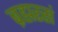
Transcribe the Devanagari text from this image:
ब्रह्मरसं